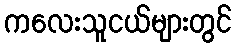
ကလေးသူငယ်များတွင်